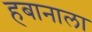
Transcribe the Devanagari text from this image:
हबानाला